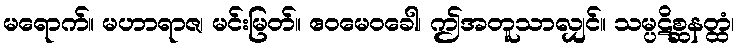
မရောက်။ မဟာရာဇ၊ မင်းမြတ်။ ဧဝမေဝခေါ၊ ဤအတူသာလျှင်။ သမ္ပဋိစ္ဆနတ္ထံ၊